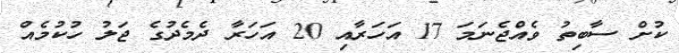
ކުށް ސާބިތު ވެއްޖެނަމަ 17 އަހަރާއި 20 އަހަރާ ދެމެދުގެ ޖަލު ހުކުމެއް